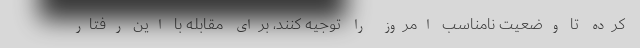
كرده تا وضعيت نامناسب امروز را توجيه كنند، براي مقابله با اين رفتار